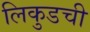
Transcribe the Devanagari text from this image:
लिकुडची